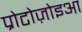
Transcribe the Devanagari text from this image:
प्रोटोज़ोइआ